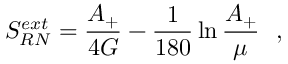
S _ { R N } ^ { e x t } = { \frac { A _ { + } } { 4 G } } - { \frac { 1 } { 1 8 0 } } \ln { \frac { A _ { + } } { \mu } } ~ ~ ,